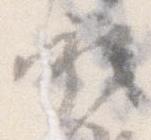
承